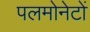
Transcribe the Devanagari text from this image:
पलमोनेटों